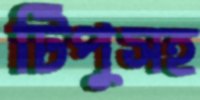
টিপুসহ